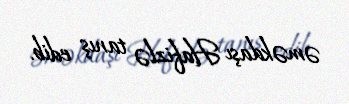
əməkdaşı Hafizlə tanış edib.